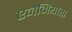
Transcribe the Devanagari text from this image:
एनेमियास